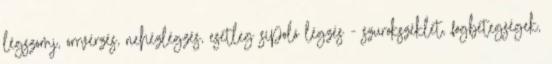
légszomj, orrvérzés, nehézlégzés, esetleg sípoló légzés - szurokszéklet, fogbetegségek,